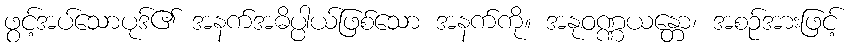
ဖွင့်အပ်သောပုဒ်၏ အနက်အဓိပ္ပါယ်ဖြစ်သော အနက်ကို။ အနုဝဏ္ဏယန္တော၊ အစဉ်အားဖြင့်